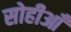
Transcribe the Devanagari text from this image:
सोहीआँ